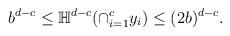
LaTeX: \begin{align*}b^{d-c} \leq \mathbb{H}^{d-c}(\cap_{i=1}^{c}y_{i}) \leq (2b)^{d-c} .\end{align*}